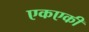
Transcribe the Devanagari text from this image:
एकएकी